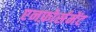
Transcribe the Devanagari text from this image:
एनफ़ोर्समेंट